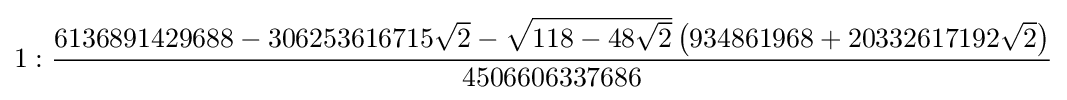
1:{\frac {6136891429688-306253616715{\sqrt {2}}-{\sqrt {118-48{\sqrt {2}}}}\left(934861968+20332617192{\sqrt {2}}\right)}{4506606337686}}